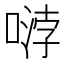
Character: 𱓿